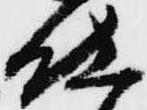
仕